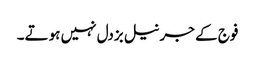
فوج کے جرنیل بزدل نہیں ہوتے۔